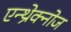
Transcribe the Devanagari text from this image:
एन्थ्रेक्नोज